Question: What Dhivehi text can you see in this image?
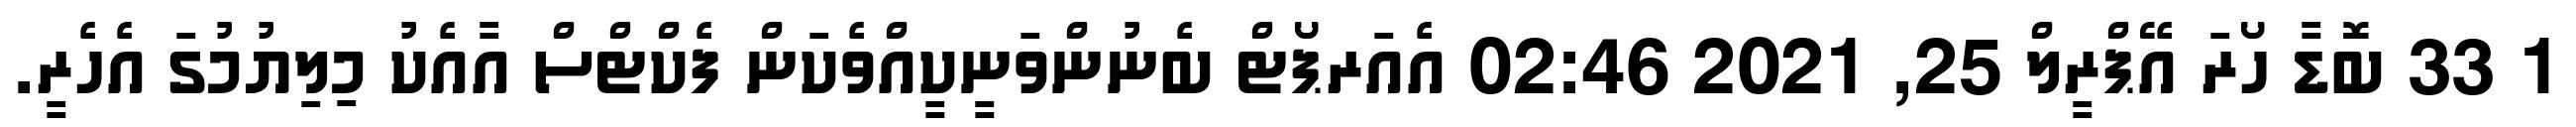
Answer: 1 33 ބޮޑާ ހޯރަ އޭޕްރީލް 25, 2021 02:46 އެއަރޕޯޓް ބެނުންވަނީކީއްވެކަން ފެކްޓްސް އާއެކު މިލިޔުމުގަ އެހެރީ.